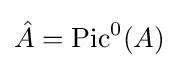
{\hat {A}}=\mathrm {Pic} ^{0}(A)